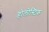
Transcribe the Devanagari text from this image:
होलोस्टिक